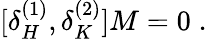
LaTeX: [\delta_{H}^{(1)},\delta_{K}^{(2)}]M=0\; .